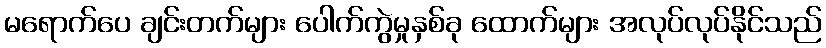
မရောက်ပေ ချင်းတက်များ ပေါက်ကွဲမှုနှစ်ခု ထောက်များ အလုပ်လုပ်နိုင်သည်